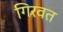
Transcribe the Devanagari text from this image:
गिरवत